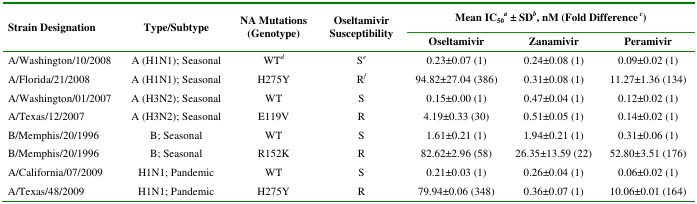
| <ROWSPAN=2> Strain Designation | <ROWSPAN=2> Type/Subtype | <ROWSPAN=2> NA Mutations (Genotype) | <ROWSPAN=2> Oseltamivir Susceptibility | <COLSPAN=3> Mean IC50a ± SDb, nM (Fold Differencec) |
 | Oseltamivir | Zanamivir | Peramivir |
 | --- | --- | --- | --- | --- | --- | --- |
 | A/Washington/10/2008 | A (H1N1); Seasonal | WTd | Se | 0.23±0.07 (1) | 0.24±0.08 (1) | 0.09±0.02 (1) |
 | A/Florida/21/2008 | A (H1N1); Seasonal | H275Y | Rf | 94.82±27.04 (386) | 0.31±0.08 (1) | 11.27±1.36 (134) |
 | A/Washington/01/2007 | A (H3N2); Seasonal | WT | S | 0.15±0.00 (1) | 0.47±0.04 (1) | 0.12±0.02 (1) |
 | A/Texas/12/2007 | A (H3N2); Seasonal | E119V | R | 4.19±0.33 (30) | 0.51±0.05 (1) | 0.14±0.02 (1) |
 | B/Memphis/20/1996 | B; Seasonal | WT | S | 1.61±0.21 (1) | 1.94±0.21 (1) | 0.31±0.06 (1) |
 | B/Memphis/20/1996 | B; Seasonal | R152K | R | 82.62±2.96 (58) | 26.35±13.59 (22) | 52.80±3.51 (176) |
 | A/California/07/2009 | H1N1; Pandemic | WT | S | 0.21±0.03 (1) | 0.26±0.04 (1) | 0.06±0.02 (1) |
 | A/Texas/48/2009 | H1N1; Pandemic | H275Y | R | 79.94±0.06 (348) | 0.36±0.07 (1) | 10.06±0.01 (164) |